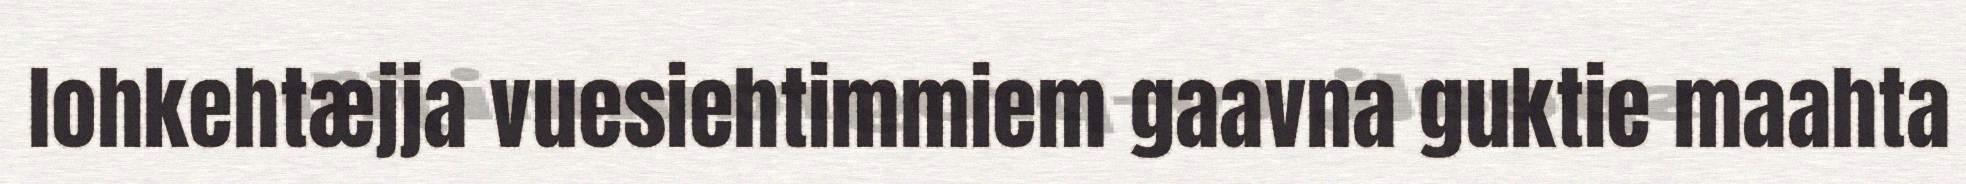
lohkehtæjja vuesiehtimmiem gaavna guktie maahta